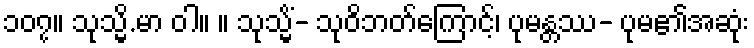
၁၀၇။ သုသ္မိ.မာ ဝါ။ ။ သုသ္မိံ- သုဝိဘတ်ကြောင့်၊ ပုမန္တဿ- ပုမ၏အဆုံး